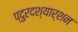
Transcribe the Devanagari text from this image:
प्दुरदश्यार्शन